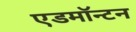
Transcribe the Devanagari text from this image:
एडमाॅन्टन